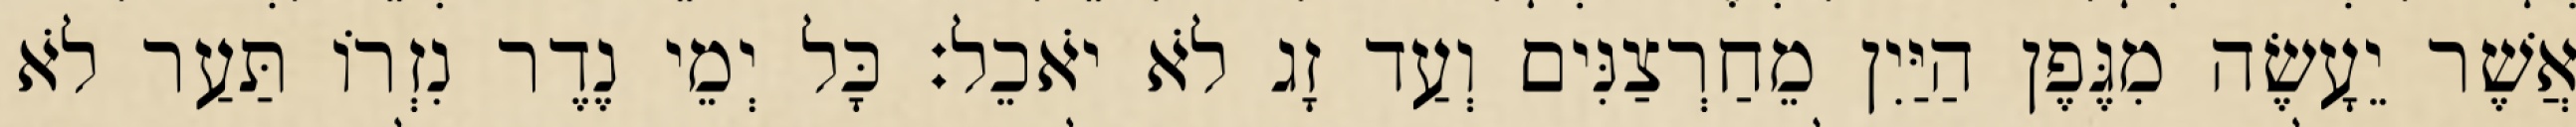
אֲשֶׁר יֵעָשֶׂה מִגֶּפֶן הַיַּיִן מֵחַרְצַנִּים וְעַד זָג לֹא יֹאכֵל׃ כָּל יְמֵי נֶדֶר נִזְרוֹ תַּעַר לֹא